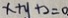
x + y + 2 = 0